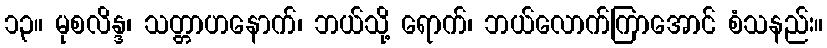
၁၃။ မုစလိန္ဒ၊ သတ္တာဟနောက်၊ ဘယ်သို့ ရောက်၊ ဘယ်လောက်ကြာအောင် စံသနည်း။